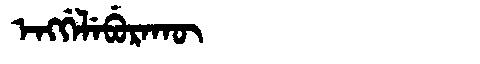
Manchu: ᡝᠩᡤᡝᠯᡝᠪᡠᡵᠠᡴᡡ
Romanization: ENGGELEBURAKŪ